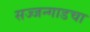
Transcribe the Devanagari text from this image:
सज्जन्गाडचा